Lunatic asylums United Provinces 1909-1921 - 1909-1921
Year: 1909
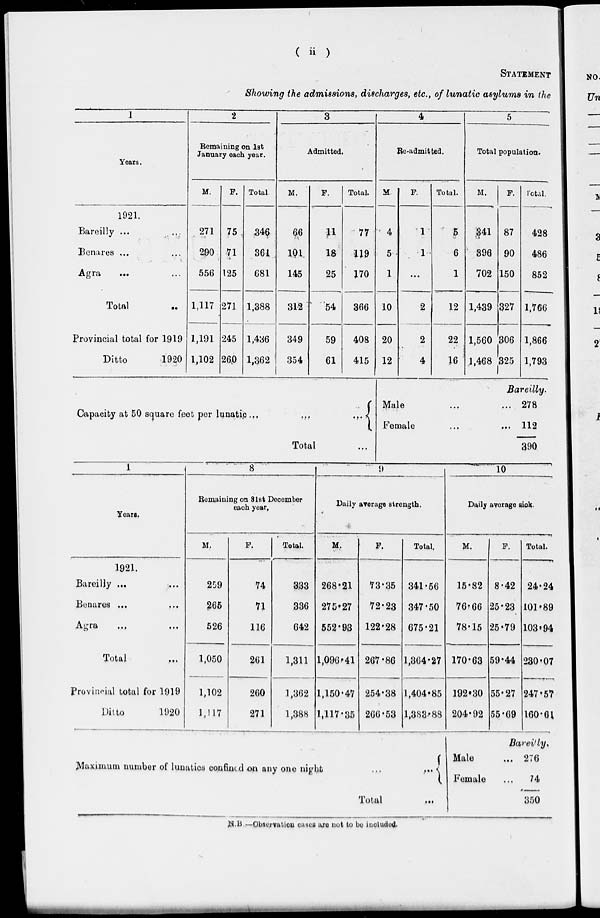
( ii )
STATEMENT
Showing the admissions, discharges, etc., of lunatic asylums in the
1
Years.
1921.
Bareilly ... ...
Benares ... ...
Agra ... ...
Total ...
Provincial total for 1919
Ditto
1920
2
Remaining on 1st
January each year.
M.
271
290
556
1,117
1,191
1,102
F.
75
71
125
271
245
260
Total.
346
361
681
1,388
1,436
1,362
3
Admitted.
M.
66
101
145
312
349
354
F.
11
18
25
54
59
61
Total.
77
119
170
366
408
415
Capacity at 50 square feet per lunatic ... ... ...
Total
4
Re-admitted
M.
4
5
1
10
20
12
F.
1
1
...
2
2
4
Total.
5
6
1
12
22
16
5
Total population.
M.
341
396
702
1,439
1,560
1,468
F.
87
90
150
327
306
325
Total.
428
486
852
1,766
1,866
1,793
Bareilly.
Male ... ...
Female ... ...
278
112
390
1
Years.
1921.
Bareilly ... ...
Benares ... ...
Agra ... ...
Total ...
Provincial total for 1919
Ditto
1920
8
Remaining on 31st December
each year.
M.
259
265
526
1,050
1,102
1,117
F.
74
71
116
261
260
271
Total.
333
336
642
1,311
1,362
1,388
9
Daily average strength.
M.
268.21
275.27
552.98
1,096.41
1,150.47
1,117.35
F.
73.35
72.23
122.28
267.86
254.38
266.53
Total.
341.56
347.50
675.21
1,364.27
1,404.85
1,383.88
Maximum number of lunatics confined on any one night
...
...
Total ...
10
Daily average sick.
M.
15.82
76.66
78.15
170.63
192.30
204.92
F.
8.42
25.23
25.79
59.44
55.27
55.69
Total.
24.24
101.89
103.94
230.07
247.57
160.61
Bareilly.
Male ...
Female ...
276
74
350
N.B —Observation cases are not to be included.